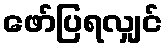
ဖော်ပြရလျှင်